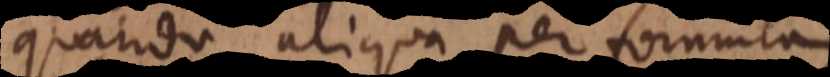
quando aliqua per formulam